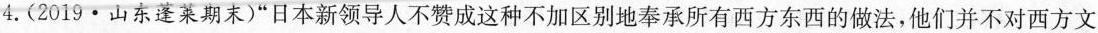
4.(2019·山东蓬莱期末)”日本新领导人不赞成这种不加区别地奉承所有西方东西的做法，他们并不对西方文